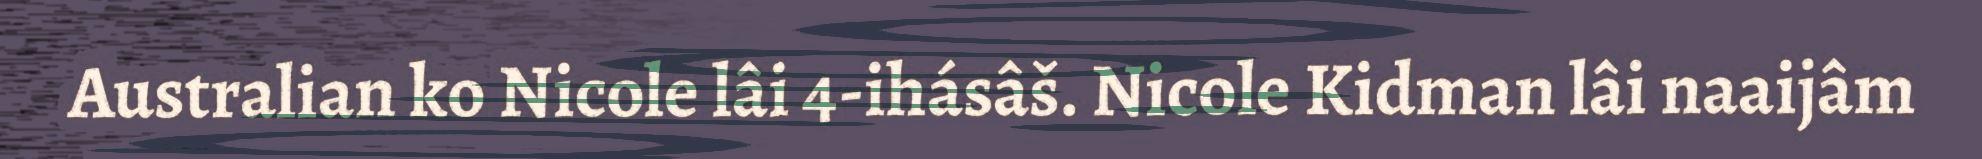
Australian ko Nicole lâi 4-ihásâš. Nicole Kidman lâi naaijâm